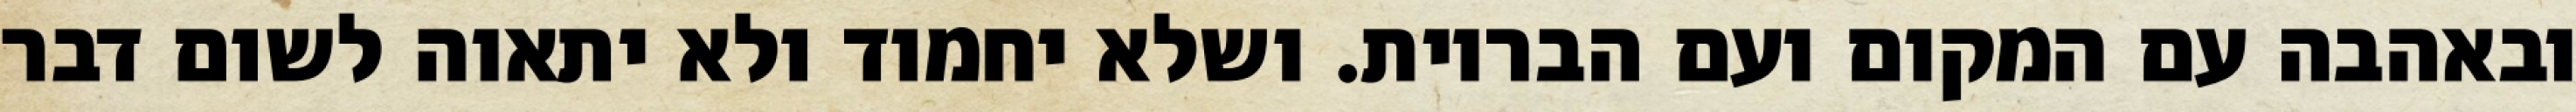
ובאהבה עם המקום ועם הבריות. ושלא יחמוד ולא יתאוה לשום דבר